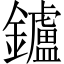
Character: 鑪